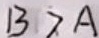
B > A